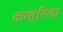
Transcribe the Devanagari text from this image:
कम्हरिया